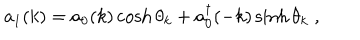
LaTeX: a _ { 1 } ( k ) = a _ { 0 } ( k ) \cosh \theta _ { k } + a _ { 0 } ^ { \dagger } ( - k ) \sinh \theta _ { k } \; ,